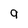
Character: 9